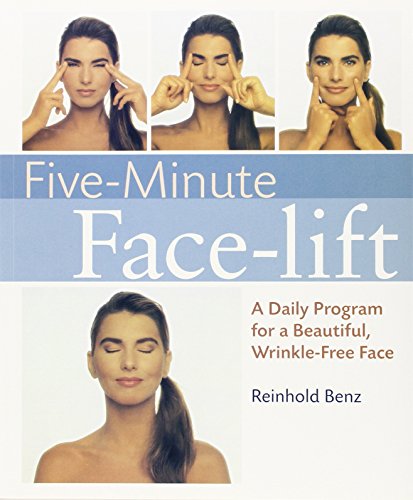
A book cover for Five-Minute Face-lift: A Daily Program for a Beautiful, Wrinkle-Free Face; Reinhold Benz; Health, Fitness & Dieting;